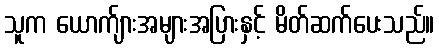
သူက ယောက်ျားအများအပြားနှင့် မိတ်ဆက်ပေးသည်။